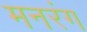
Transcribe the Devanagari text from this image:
मनरंग